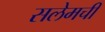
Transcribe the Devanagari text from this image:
सलेमची